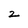
Character: z